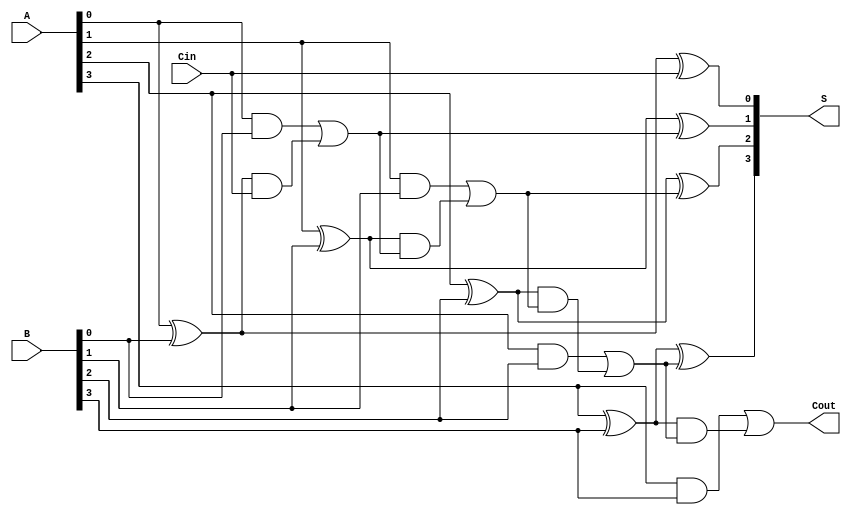
module CarryLookaheadAdder #(
    parameter n = 4  // Width of the binary numbers
)(
    input  [n-1:0] A,     // First input
    input  [n-1:0] B,     // Second input
    input         Cin,     // Carry-in
    output [n-1:0] S,     // Sum output
    output        Cout     // Carry-out
);

    // Generate and Propagate signals
    wire [n-1:0] G;       // Generate signals
    wire [n-1:0] P;       // Propagate signals
    wire [n:0] C;         // Carry signals

    // Generate and Propagate calculations
    genvar i;
    generate
        for (i = 0; i < n; i = i + 1) begin : gen_propagate
            assign G[i] = A[i] & B[i]; // Generate
            assign P[i] = A[i] ^ B[i]; // Propagate
        end
    endgenerate

    // Carry calculations
    assign C[0] = Cin; // C[0] is the input carry
    generate
        for (i = 0; i < n; i = i + 1) begin : carry
            if (i == 0) begin
                assign C[i + 1] = G[i] | (P[i] & C[i]);
            end else begin
                assign C[i + 1] = G[i] | (P[i] & C[i]); // Carry generation
            end
        end
    endgenerate

    // Sum calculations
    generate
        for (i = 0; i < n; i = i + 1) begin : sum
            assign S[i] = P[i] ^ C[i]; // Sum calculation
        end
    endgenerate

    // Carry out
    assign Cout = C[n]; // Final carry-out

endmodule